Civil Veterinary Department. United Provinces 1923-31 - 1923-1931
Year: 1923
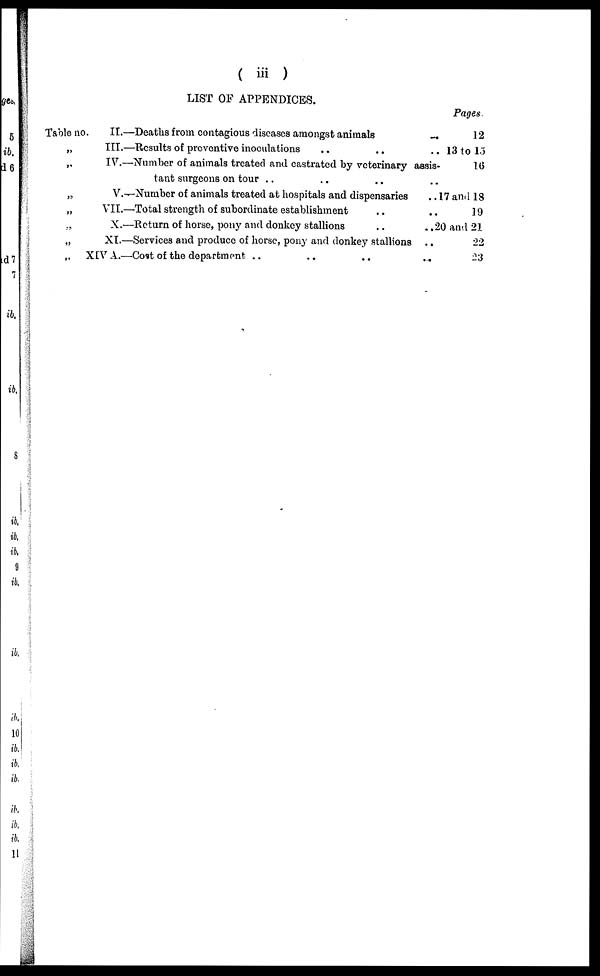
(iii)
LIST OF APPENDICES.
Table no
„
„
„
„
„
„
„
II.—Deaths from contagious diseases amongst animals
III.—Results of preventive inoculations .. .. ..
IV.—Number of animals treated and castrated by veterinary assis
tant surgeons on tour .. .. .. ..
V.—Number of animals treated at hospitals and dispensaries ..
VII.—Total strength of subordinate establishment .. ..
X.—Return of horse, pony and donkey stallions
..
..
XI.—Services and produce of horse, pony and donkey stallions ..
XIV A.—Cost of the department .. ... .. ..
Pages.
12
13 to 15
16
17 and 18
19
20 and 21
22
23